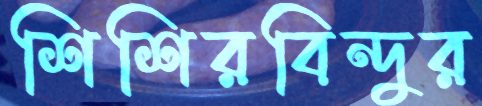
শিশিরবিন্দুর